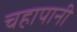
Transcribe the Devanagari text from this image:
चहापानी